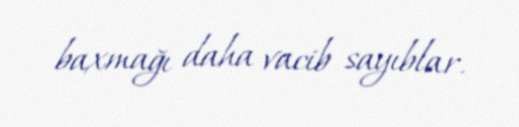
baxmağı daha vacib sayıblar.